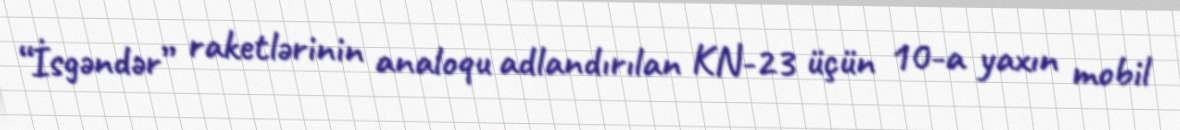
“İsgəndər” raketlərinin analoqu adlandırılan KN-23 üçün 10-a yaxın mobil